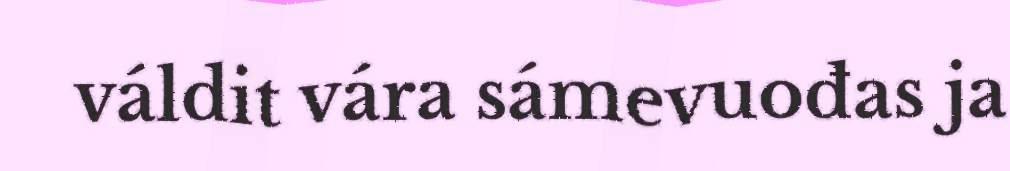
váldit vára sámevuođas ja